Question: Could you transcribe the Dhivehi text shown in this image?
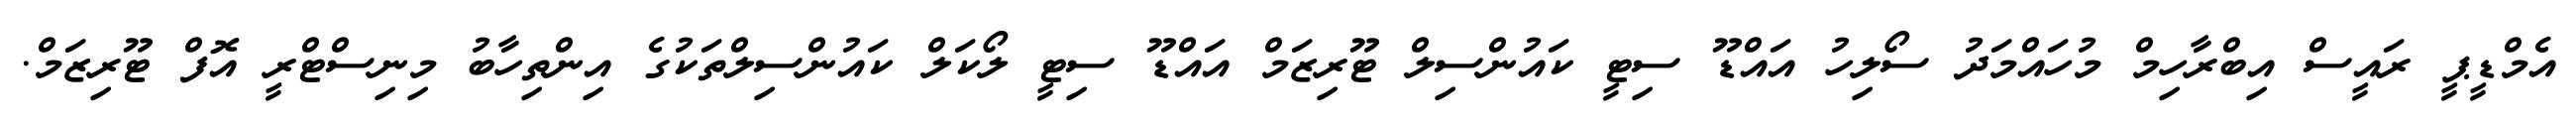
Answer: އެމްޑީޕީ ރައީސް އިބްރާހިމް މުހައްމަދު ސޯލިހު އައްޑޫ ސިޓީ ކައުންސިލް ޓޫރިޒަމް އައްޑޫ ސިޓީ ލޯކަލް ކައުންސިލްތަކުގެ އިންތިހާބު މިނިސްޓްރީ އޮފް ޓޫރިޒަމް.